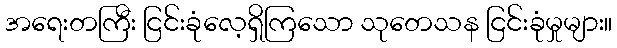
အရေးတကြီး ငြင်းခုံလေ့ရှိကြသော သုတေသန ငြင်းခုံမှုများ။